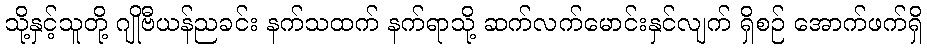
သို့နှင့်သူတို့ ဂျိုဗီယန်ညခင်း နက်သထက် နက်ရာသို့ ဆက်လက်မောင်းနှင်လျက် ရှိစဉ် အောက်ဖက်ရှိ